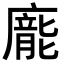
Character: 𭚂